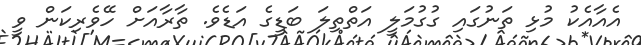
އެއާއެކު މުޅި ތަނުގައި ގުގުމަލީ އަތްތިލަ ބަޑީގެ އަޑެވެ. ތާރާއަށް ހޭވެރިކަން ވީ